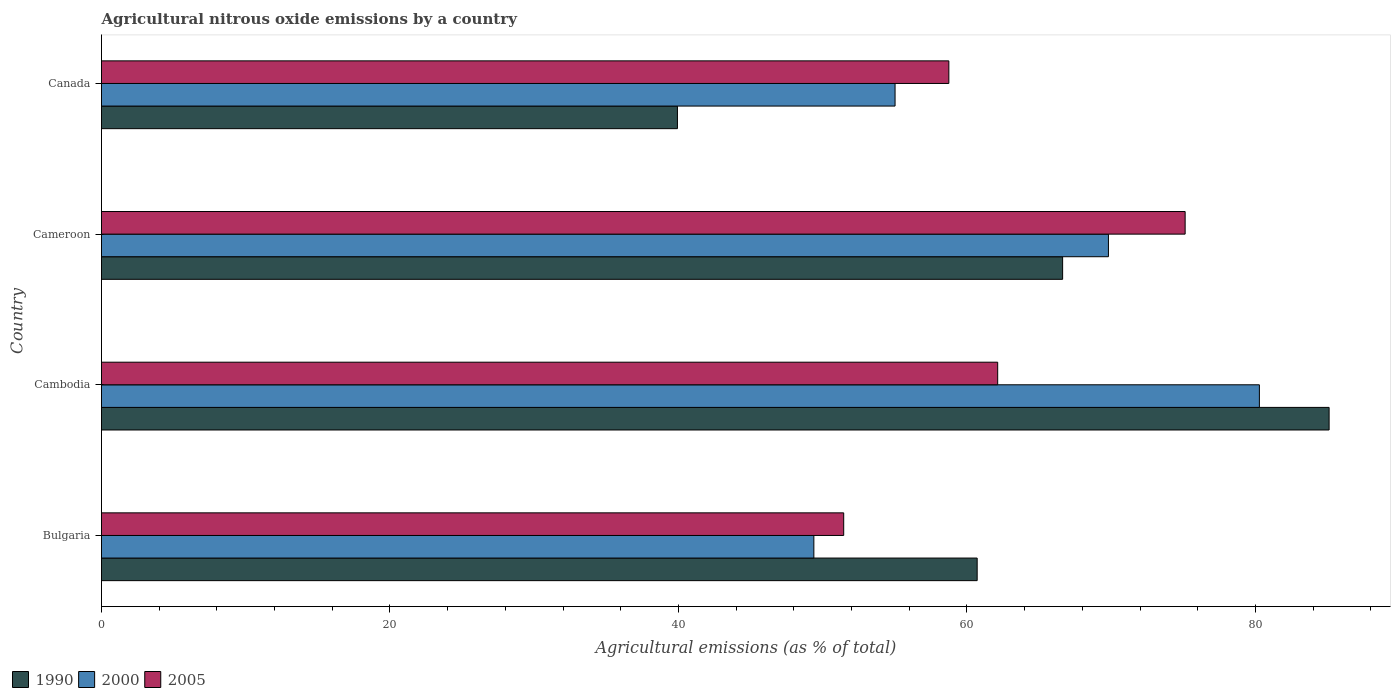
| Country | 1990 | 2000 | 2005 |
 | --- | --- | --- | --- |
 | Bulgaria | 60.7 | 49.4 | 51.5 |
 | Cambodia | 85.1 | 80.3 | 62.1 |
 | Cameroon | 66.6 | 69.8 | 75.1 |
 | Canada | 39.9 | 55 | 58.7 |